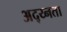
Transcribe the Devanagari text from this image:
अद्य्नता